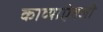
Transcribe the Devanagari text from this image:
काव्याऐवजी